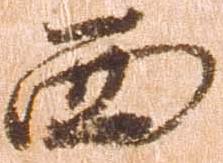
西